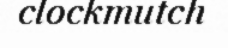
clockmutch